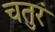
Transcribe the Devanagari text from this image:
चतुरं